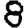
Digit: 8